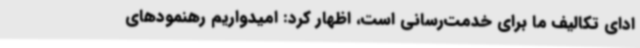
ادای تکالیف ما برای خدمت‌رسانی است، اظهار کرد: امیدواریم رهنمودهای